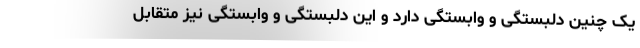
یک چنین دلبستگی و وابستگی دارد و این دلبستگی و وابستگی نیز متقابل